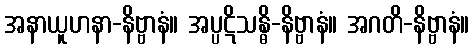
အနာယူဟနာ-နိဗ္ဗာနံ။ အပ္ပဋိသန္ဓိ-နိဗ္ဗာနံ။ အဂတိ-နိဗ္ဗာနံ။